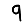
Digit: 9